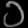
Digit: ၁